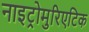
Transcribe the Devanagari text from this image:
नाइट्रोमुरिएटिक